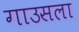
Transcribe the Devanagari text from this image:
गाउसला